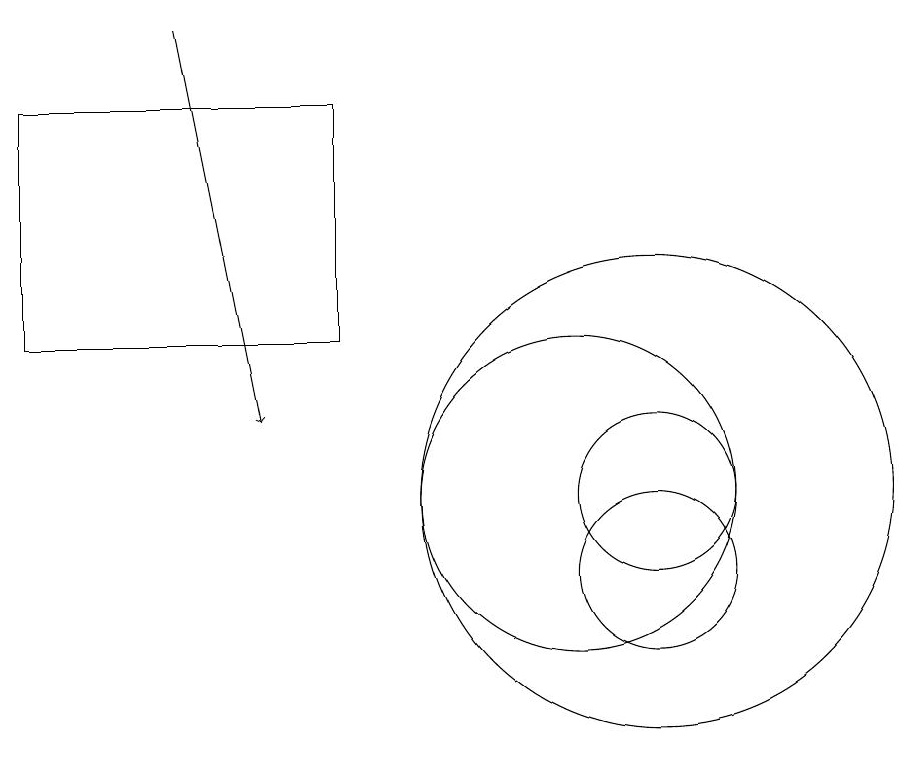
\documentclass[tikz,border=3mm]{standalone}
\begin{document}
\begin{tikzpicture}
\draw (7,17) rectangle (3,14);
\draw (10,12) circle (2);
\draw (11,12) circle (3);
\draw (11,11) circle (1);
\draw[->] (5,18) -- (6,13);
\draw (11,12) circle (1);
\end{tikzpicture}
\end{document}